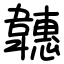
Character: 韢